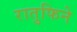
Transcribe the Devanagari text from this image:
रातुफिने